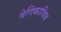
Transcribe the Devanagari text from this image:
वेदिकाचित्र